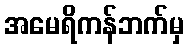
အမေရိကန်ဘက်မှ